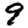
Digit: 9